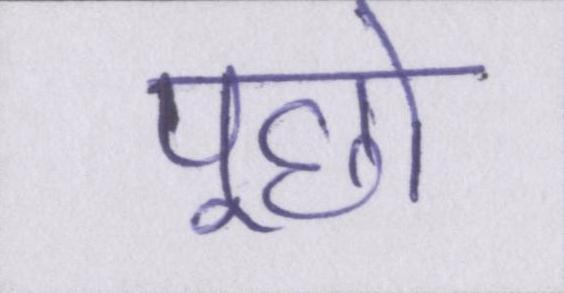
पूछो